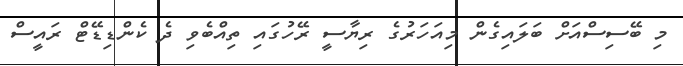
މި ބޭސިސްއަށް ބަލައިގެން މިއަހަރުގެ ރިޔާސީ ރޭހުގައި ތިއްބެވި ދެ ކެންޑިޑޭޓް ރައީސް